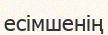
есімшенің